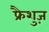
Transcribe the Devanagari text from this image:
फ्रैशुज़